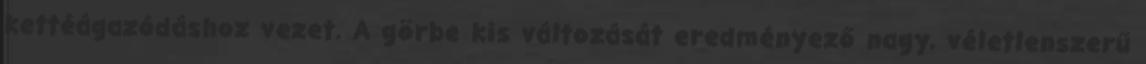
kettéágazódáshoz vezet. A görbe kis változását eredményező nagy, véletlenszerű